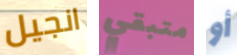
انجيل متبقي أو